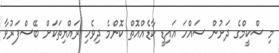
މި ސްކީމްގެ ދަށުން ސައްހަ އައިޑީ ކާޑެއްއޮތް ކޮންމެ ދިވެހި ރައްޔިތަކަށް ބޭސްފަރުވާ